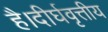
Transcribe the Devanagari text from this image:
है।दीर्घवृत्तीय